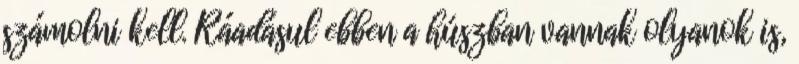
számolni kell. Ráadásul ebben a húszban vannak olyanok is,